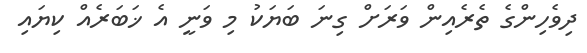
ދިވެހިންގެ ތެރެއިން ވަރަށް ގިނަ ބަޔަކު މި ވަނީ އެ ޚަބަރެއް ކިޔައި